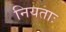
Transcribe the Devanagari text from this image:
नियताः